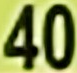
40